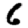
Digit: 6